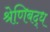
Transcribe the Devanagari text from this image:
श्रेणिबद्ध